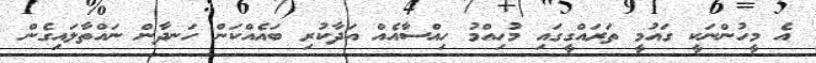
އެ މީހުންނަކީ ގައުމީ ތަރައްގީގައި މުހިއްމު ހިއްސާއެއް އަދާކުރި ބައެއްކަން ހަނދާން ނައްތާލައިގެން